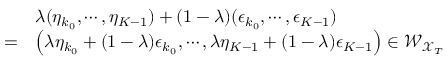
\begin{array} { r l } & { \lambda ( \eta _ { k _ { 0 } } , \cdots , \eta _ { K - 1 } ) + ( 1 - \lambda ) ( \epsilon _ { k _ { 0 } } , \cdots , \epsilon _ { K - 1 } ) } \\ { = } & { \left( \lambda \eta _ { k _ { 0 } } + ( 1 - \lambda ) \epsilon _ { k _ { 0 } } , \cdots , \lambda \eta _ { K - 1 } + ( 1 - \lambda ) \epsilon _ { K - 1 } \right) \in \mathcal { W } _ { \mathscr { X } _ { T } } } \end{array}